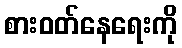
စားဝတ်နေရေးကို